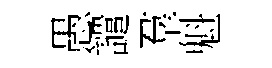
愚譴羣魁